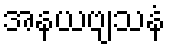
အနယဗျသနံ